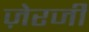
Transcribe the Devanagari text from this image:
ज़ेरजी